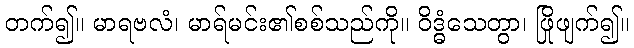
တက်၍။ မာရဗလံ၊ မာရ်မင်း၏စစ်သည်ကို။ ဝိဒ္ဓံသေတွာ၊ ဖြိုဖျက်၍။